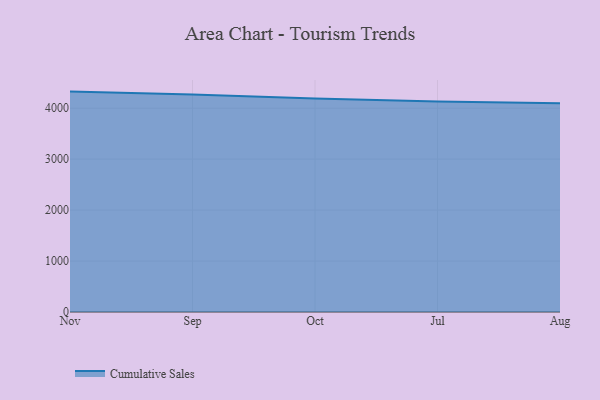
{"axis": {"x": "Month", "y": "Gross Profit (USD K)"}, "legend": ["Cumulative Sales"], "data": [{"x": "Nov", "y": 4325.6, "type": "Cumulative Sales"}, {"x": "Sep", "y": 4268.4, "type": "Cumulative Sales"}, {"x": "Oct", "y": 4190.1, "type": "Cumulative Sales"}, {"x": "Jul", "y": 4133.5, "type": "Cumulative Sales"}, {"x": "Aug", "y": 4096.1, "type": "Cumulative Sales"}]}